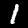
Digit: 1